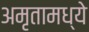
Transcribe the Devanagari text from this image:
अमृतामध्ये